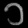
Digit: ၁